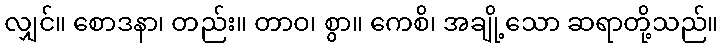
လျှင်။ စောဒနာ၊ တည်း။ တာဝ၊ စွာ။ ကေစိ၊ အချို့သော ဆရာတို့သည်။